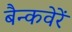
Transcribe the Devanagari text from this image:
बैन्कवेरें